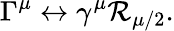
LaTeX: \Gamma^{\mu}\leftrightarrow\gamma^{\mu}\mathcal{R}_{\mu/2}.